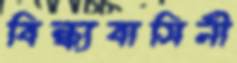
বিন্ধ্যবাসিনী